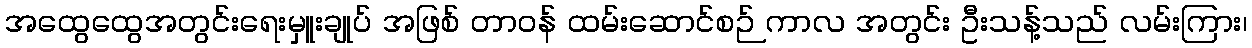
အထွေထွေအတွင်းရေးမှူးချုပ် အဖြစ် တာဝန် ထမ်းဆောင်စဉ် ကာလ အတွင်း ဦးသန့်သည် လမ်းကြား၊